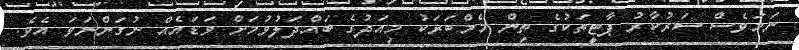
ނަމަވެސް ސަރުކާރު ޕާޓީތަކުގެ ތިން މެމްބަރަކު މިއަދުގެ ބައްދަލުވުމަށް ވަޑައެއް ނުގަންނަވަ އެވެ.